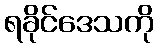
ရခိုင်ဒေသကို